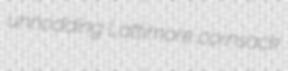
unnodding Lattimore cornsack